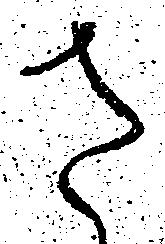
さ